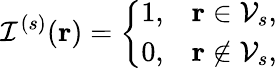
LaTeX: \mathcal{I}^{(s)}(\mathbf{r})=\left\{ \begin{array}{ll}{1,}&{\mathbf{r}\in\mathcal{V}_{s},}\\ {0,}&{\mathbf{r}\notin\mathcal{V}_{s},}\end{array}\right.